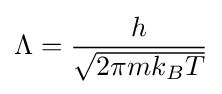
\Lambda ={\frac {h}{\sqrt {2\pi mk_{B}T}}}